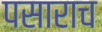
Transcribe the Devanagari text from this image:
पसाराच